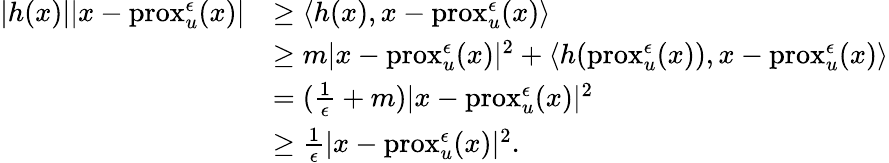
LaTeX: \begin{array}{rl}{|h(x)||x-\operatorname{prox}_{u}^{\epsilon}(x)|}&{\geq\langle h(x),x-\operatorname{prox}_{u}^{\epsilon}(x)\rangle}\\ &{\geq m|x-\operatorname{prox}_{u}^{\epsilon}(x)|^{2}+\langle h(\operatorname{prox}_{u}^{\epsilon}(x)),x-\operatorname{prox}_{u}^{\epsilon}(x)\rangle}\\ &{=(\frac{1}{\epsilon}+m)|x-\operatorname{prox}_{u}^{\epsilon}(x)|^{2}}\\ &{\geq\frac{1}{\epsilon}|x-\operatorname{prox}_{u}^{\epsilon}(x)|^{2}.}\end{array}